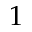
1